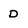
Character: D